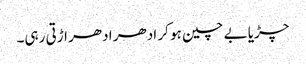
چڑیا بے چین ہو کر ادھر ادھر اڑتی رہی۔